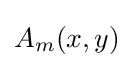
A_{m}(x,y)